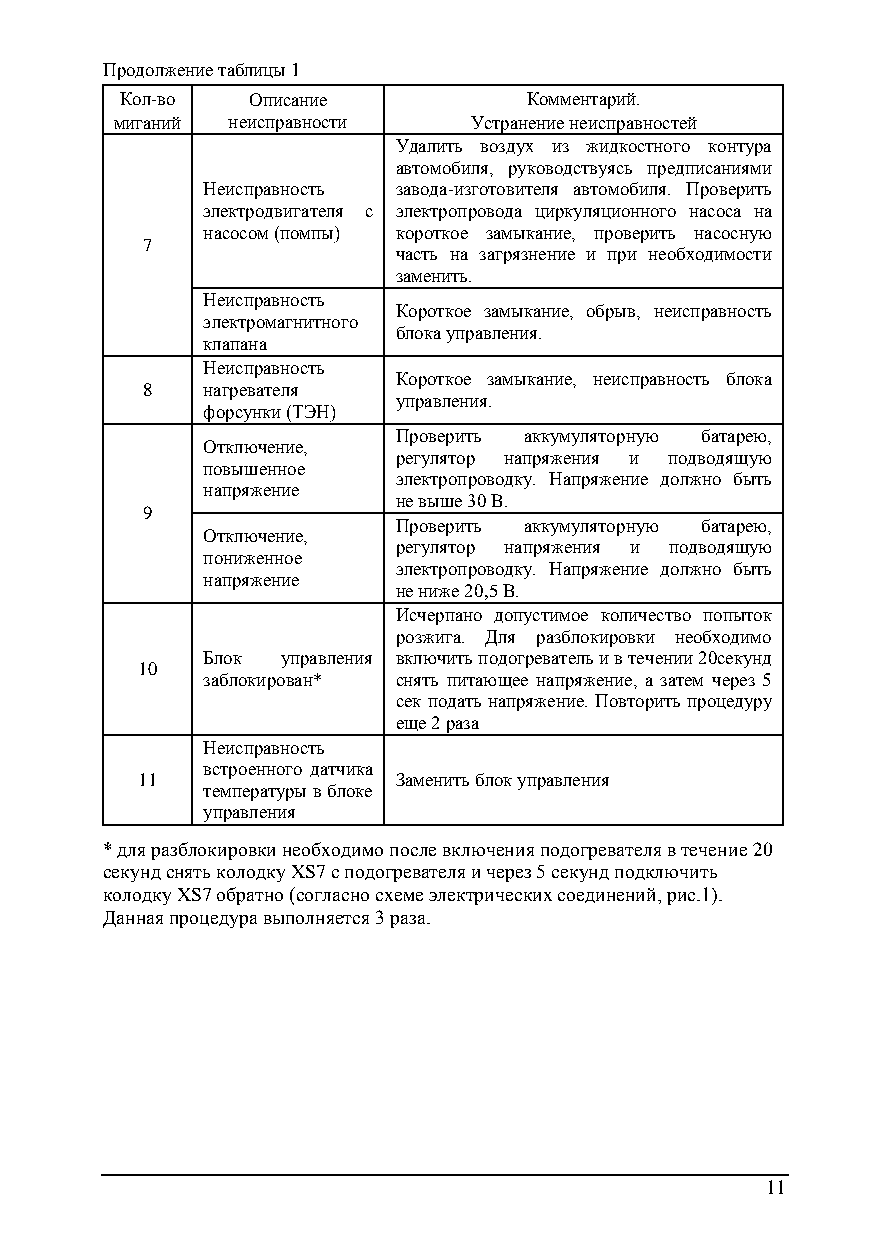
Продолжение таблицы 1
 Кол-во  Описание           Комментарий.
 миганий неисправности  Устранение неисправностей
 Удалить воздух из жидкостного контура
 автомобиля, руководствуясь предписаниями
 Неисправность завода-изготовителя автомобиля. Проверить
 электродвигателя с электропровода циркуляционного насоса на
 насосом (помпы) короткое замыкание, проверить насосную
 7
 часть на загрязнение и при необходимости
 заменить.
 Неисправность
 Короткое замыкание, обрыв, неисправность
 электромагнитного
 блока управления.
 клапана
 Неисправность
 Короткое замыкание, неисправность блока
 8   нагревателя
 управления.
 форсунки (ТЭН)
 Проверить аккумуляторную батарею,
 Отключение,
 регулятор напряжения и подводящую
 повышенное
 электропроводку. Напряжение должно быть
 напряжение
 не выше 30 В.
 9
 Проверить аккумуляторную батарею,
 Отключение,
 регулятор напряжения и подводящую
 пониженное
 электропроводку. Напряжение должно быть
 напряжение
 не ниже 20,5 В.
 Исчерпано допустимое количество попыток
 розжига. Для разблокировки необходимо
 Блок  управления включить подогреватель и в течении 20секунд
 10
 заблокирован* снять питающее напряжение, а затем через 5
 сек подать напряжение. Повторить процедуру
 еще 2 раза
 Неисправность
 встроенного датчика
 11               Заменить блок управления
 температуры в блоке
 управления
 * для разблокировки необходимо после включения подогревателя в течение 20
 секунд снять колодку XS7 с подогревателя и через 5 секунд подключить
 колодку XS7 обратно (согласно схеме электрических соединений, рис.1).
 Данная процедура выполняется 3 раза.
 11